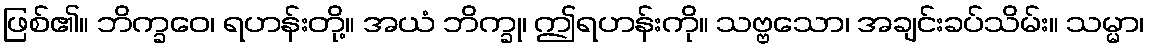
ဖြစ်၏။ ဘိက္ခဝေ၊ ရဟန်းတို့။ အယံ ဘိက္ခု၊ ဤရဟန်းကို။ သဗ္ဗသော၊ အချင်းခပ်သိမ်း။ သမ္မာ၊